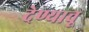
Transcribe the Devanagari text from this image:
देण्याचू